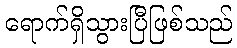
ရောက်ရှိသွားပြီဖြစ်သည်